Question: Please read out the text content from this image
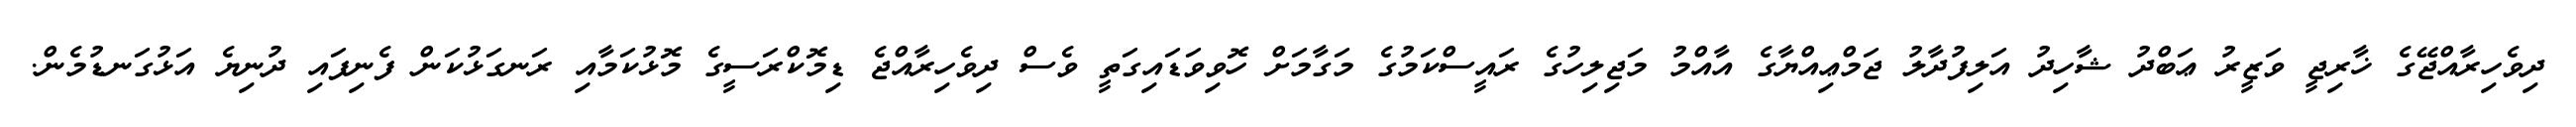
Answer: ދިވެހިރާއްޖޭގެ ޚާރިޖީ ވަޒީރު ޢަބްދު ޝާހިދު އަލިފުދާލު ޖަމްޢިއްޔާގެ އާއްމު މަޖިލިހުގެ ރައީސްކަމުގެ މަގާމަށް ހޮވިވަޑައިގަތީ ވެސް ދިވެހިރާއްޖެ ޑިމޮކްރަސީގެ މޮޅުކަމާއި ރަނގަޅުކަން ފެނިފައި ދުނިޔެ އަޅުގަނޑުމެން.